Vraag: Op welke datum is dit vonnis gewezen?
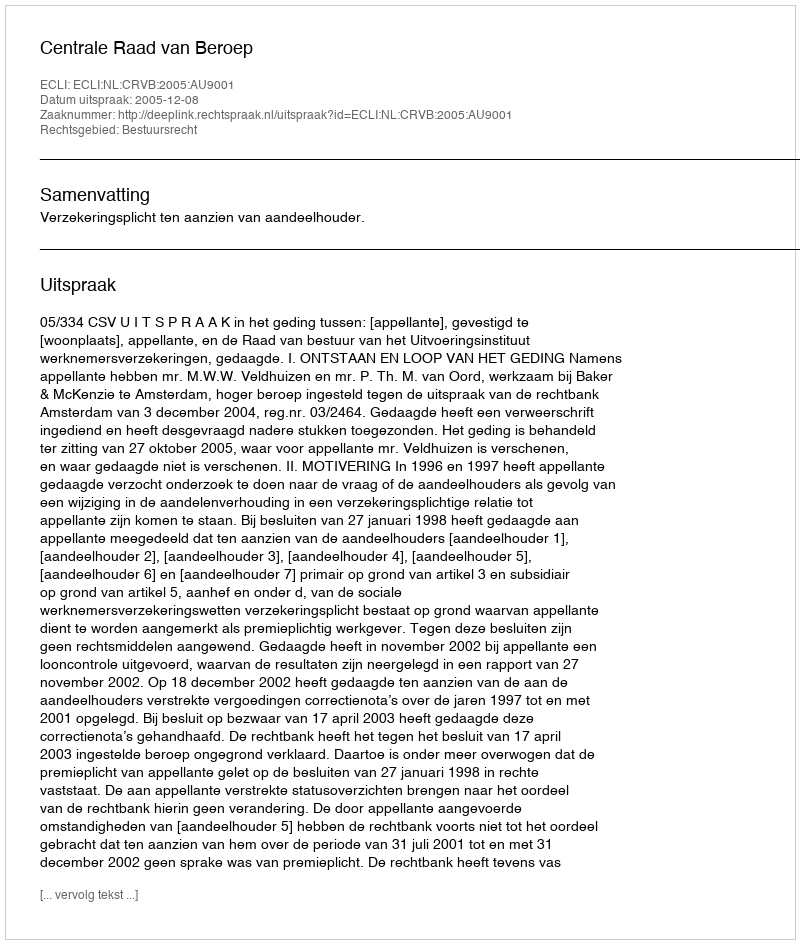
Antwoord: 2005-12-08